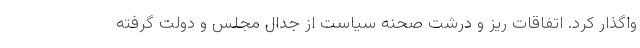
واگذار کرد. اتفاقات ریز و درشت صحنه سیاست از جدال مجلس و دولت گرفته